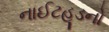
નાઈટહૂડનો